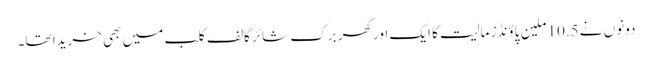
دونوں نے 10.5 ملین پاؤنڈز مالیت کا ایک اور گھر برک شائر گالف کلب میں بھی خریدا تھا۔